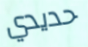
حديدي